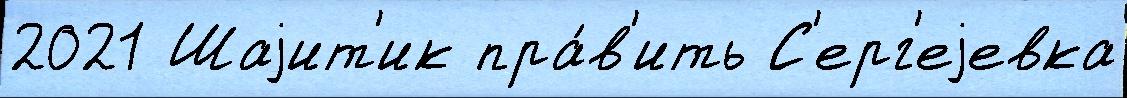
2021 Шаjит'ик пра́в'ить С'ерг'еjевка